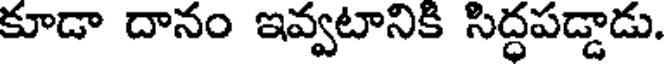
కూడా దానం ఇవ్వటానికి సిద్ధపడ్డాడు.